Calcutta medical institutions reports 1871-78
Year: 1871
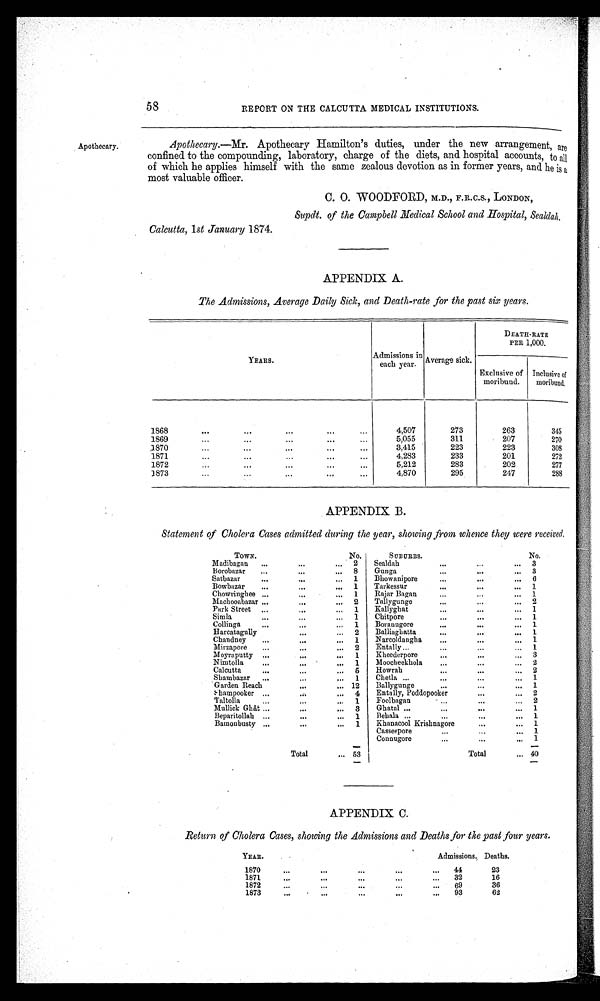
58
REPORT ON THE CALCUTTA MEDICAL INSTITUTIONS.
Apothecary.
Apothecary.—Mr. Apothecary Hamilton's duties, under the new arrangement, are
confined to the compounding, laboratory, charge of the diets, and hospital accounts, to all
of which he applies himself with the same zealous devotion as in former years, and he is a
most valuable officer.
C. 0. WOODFORD, M.D., F.R.C.S., LONDON,
Supdt. of the Campbell Medical School and Hospital, Sealdah.
Calcutta, 1st January 1874.
APPENDIX A.
The Admissions, Average Daily Sick, and Death-rate for the past six years.
YEARS.
Admissions in
each year.
Average sick.
DEATH-RATE
PER 1,000.
Exclusive of
moribund.
Inclusive of
moribund.
1 8 6 8
4,507
273
263
345
1869
5,055
311
207
270
1 8 7 0
3,415
223
223
308
1871
4,283
233
201
272
1872
5,212
283
202
277
1 8 7 3
4,870
295
247
288
APPENDIX. B.
Statement of Cholera Cases admitted during the year, showing from whence they were received.
TOWN.
No.
SUBURES.
No.
Madibagan
2
Sealdah
3
l3orobazar
.8
Gunga
3
S a t b a z a r
1
Bhowanipore
6
Bowbazar
1
Tarkessur
1
Chowringhee
..
1
Rajar Bagan
. 1
Machooabazar
.2
Tallygunge
2
Park Street
1
Kallyghat
1
Simla
1
Chitpore
1
Collinga
1
Boranugore
1
Harcatagully
2
Balliaghatta
1
Chandney
1
Narcoldangha
.
1
Mirzapore
2
Entally
1
Moyraputty
1
Kheederpore
3
Nimtolla
1
Moocheekhola
2
Calcutta
5
Howrah
. 2
Shambazar
1
Chetla
1
Garden Reach
12
Ballygunge
1
Shampooker
4
Entally, Poddopooker
2
Taltolla.
1
Foolbagan
2
Mullick Ghât
3
Ghatal
..
1
Beparitollah
1
Behala
1
Bamoubusty
1
Khanacool Krishnagore
1
Casseepore
1
Connugore
1
Total
53
Total
40
APPENDIX C.
Return of Cholera Cases, showing the Admissions and Deaths for the past four years.
YEAR.
Admissions. Deaths.
1870
44
23
1871
32
16
1872
69
36
1873
93
62